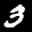
Label: 3